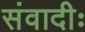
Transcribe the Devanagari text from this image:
संवादीः